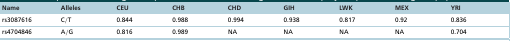
| Name | Alleles | CEU | CHB | CHD | GIH | LWK | MEX | YRI |
 | --- | --- | --- | --- | --- | --- | --- | --- | --- |
 | rs3087616 | C/T | 0.844 | 0.988 | 0.994 | 0.938 | 0.817 | 0.92 | 0.836 |
 | rs4704846 | A/G | 0.816 | 0.989 | NA | NA | NA | NA | 0.704 |